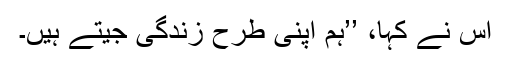
اس نے کہا، ’’ہم اپنی طرح زندگی جیتے ہیں۔